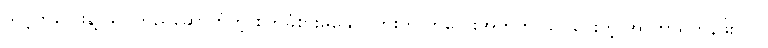
သင့်ကလေးနဲ့ သင်တည်ဆောက်တဲ့ စိတ်ခံစားမှုနှောင်ကြိုးက ကလေးအတွက် သင်ပေးတဲ့ အာဟာရတန်ဖိုးလိုပဲ